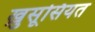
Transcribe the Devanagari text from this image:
ख़ुसूसियत